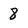
Character: 8